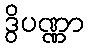
ဒွိပဏ္ဏာ